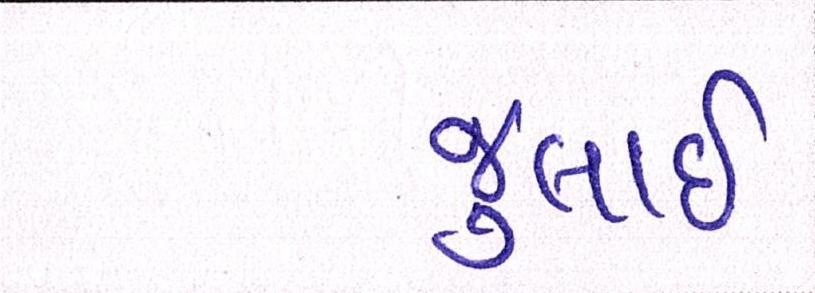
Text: જુલાઇ